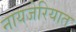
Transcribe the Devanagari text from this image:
नायजेरियात